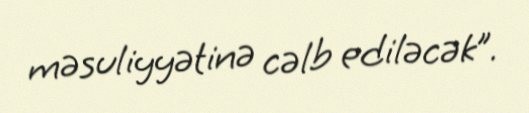
məsuliyyətinə cəlb ediləcək”.